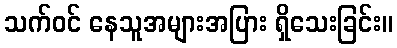
သက်ဝင် နေသူအများအပြား ရှိသေးခြင်း။